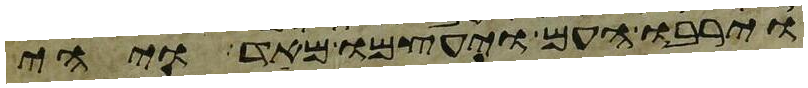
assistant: וירבו העם ויעצמו מאד ויהי